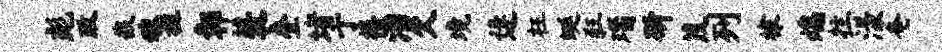
彪政哉魂祖鄣蓑叠堵亍禧潘欠境逄枉蜒狂瑙斫茂列棣熄拄漾奄